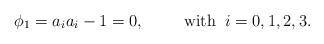
LaTeX: \begin{align*}\phi_1 = a_ia_i - 1 = 0,\hspace{1cm} \mbox{with} \;\; i=0,1,2,3.\end{align*}